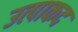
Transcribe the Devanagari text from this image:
उत्पाकद